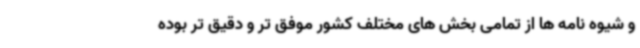
و شیوه نامه ها از تمامی بخش های مختلف کشور موفق تر و دقیق تر بوده